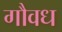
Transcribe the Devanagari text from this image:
गौवध